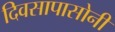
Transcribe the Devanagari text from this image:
दिवसापासोनी